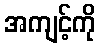
အကျင့်ကို